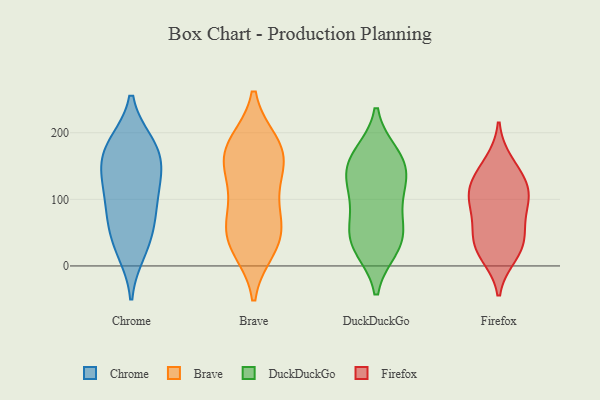
{"axis": {"x": "Headcount", "y": "Value"}, "legend": ["Brave", "Chrome", "DuckDuckGo", "Firefox"], "data": [{"x": "", "y": 30, "type": "Chrome"}, {"x": "", "y": 183, "type": "Chrome"}, {"x": "", "y": 74, "type": "Chrome"}, {"x": "", "y": 119, "type": "Chrome"}, {"x": "", "y": 140, "type": "Chrome"}, {"x": "", "y": 159, "type": "Chrome"}, {"x": "", "y": 181, "type": "Chrome"}, {"x": "", "y": 144, "type": "Chrome"}, {"x": "", "y": 81, "type": "Chrome"}, {"x": "", "y": 108, "type": "Chrome"}, {"x": "", "y": 22, "type": "Chrome"}, {"x": "", "y": 182, "type": "Chrome"}, {"x": "", "y": 56, "type": "Chrome"}, {"x": "", "y": 42, "type": "Brave"}, {"x": "", "y": 27, "type": "Brave"}, {"x": "", "y": 93, "type": "Brave"}, {"x": "", "y": 181, "type": "Brave"}, {"x": "", "y": 142, "type": "Brave"}, {"x": "", "y": 137, "type": "Brave"}, {"x": "", "y": 36, "type": "Brave"}, {"x": "", "y": 168, "type": "Brave"}, {"x": "", "y": 171, "type": "Brave"}, {"x": "", "y": 183, "type": "Brave"}, {"x": "", "y": 77, "type": "Brave"}, {"x": "", "y": 51, "type": "Brave"}, {"x": "", "y": 55, "type": "DuckDuckGo"}, {"x": "", "y": 29, "type": "DuckDuckGo"}, {"x": "", "y": 140, "type": "DuckDuckGo"}, {"x": "", "y": 105, "type": "DuckDuckGo"}, {"x": "", "y": 155, "type": "DuckDuckGo"}, {"x": "", "y": 103, "type": "DuckDuckGo"}, {"x": "", "y": 41, "type": "DuckDuckGo"}, {"x": "", "y": 165, "type": "DuckDuckGo"}, {"x": "", "y": 37, "type": "DuckDuckGo"}, {"x": "", "y": 151, "type": "DuckDuckGo"}, {"x": "", "y": 155, "type": "Firefox"}, {"x": "", "y": 139, "type": "Firefox"}, {"x": "", "y": 103, "type": "Firefox"}, {"x": "", "y": 97, "type": "Firefox"}, {"x": "", "y": 88, "type": "Firefox"}, {"x": "", "y": 46, "type": "Firefox"}, {"x": "", "y": 120, "type": "Firefox"}, {"x": "", "y": 56, "type": "Firefox"}, {"x": "", "y": 22, "type": "Firefox"}, {"x": "", "y": 16, "type": "Firefox"}, {"x": "", "y": 34, "type": "Firefox"}, {"x": "", "y": 116, "type": "Firefox"}]}